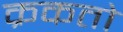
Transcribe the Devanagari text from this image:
क्रकतो